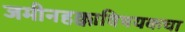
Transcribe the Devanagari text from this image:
जमीनहक्काविषयकचा